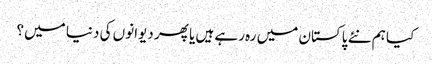
کیا ہم نئے پاکستان میں رہ رہے ہیں یا پھر دیوانوں کی دنیا میں؟